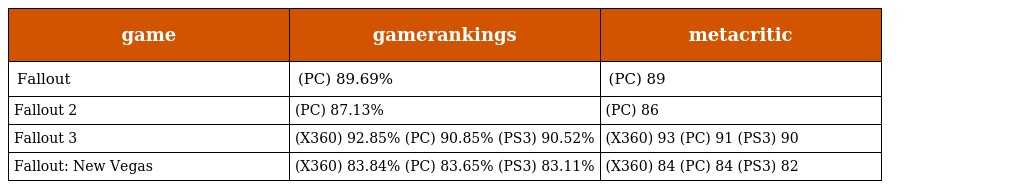
| game | gamerankings | metacritic |
 | --- | --- | --- |
 | Fallout | (PC) 89.69% | (PC) 89 |
 | Fallout 2 | (PC) 87.13% | (PC) 86 |
 | Fallout 3 | (X360) 92.85% (PC) 90.85% (PS3) 90.52% | (X360) 93 (PC) 91 (PS3) 90 |
 | Fallout: New Vegas | (X360) 83.84% (PC) 83.65% (PS3) 83.11% | (X360) 84 (PC) 84 (PS3) 82 |